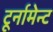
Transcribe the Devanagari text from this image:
टूर्नामेन्‍ट